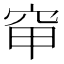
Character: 䆘